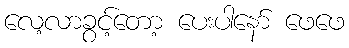
လေ့လာခွင့်တော့ ပေးပါနော် ဖေဖေ